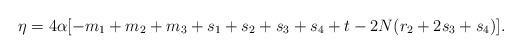
LaTeX: \begin{align*}\eta = 4 \alpha [-m_1 + m_2 + m_3 + s_1 + s_2 + s_3 + s_4 + t - 2 N ( r_2 + 2 s_3 + s_4 )]. \end{align*}